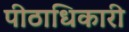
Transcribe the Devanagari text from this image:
पीठाधिकारी